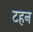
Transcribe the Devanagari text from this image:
टहन